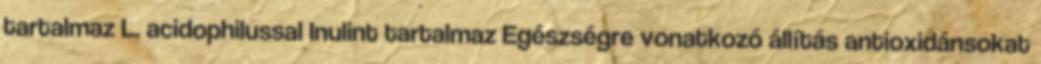
tartalmaz L. acidophilussal Inulint tartalmaz Egészségre vonatkozó állítás antioxidánsokat